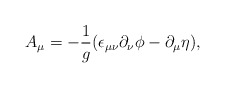
\begin{align*}A_{\mu }=-\frac{1}{g}(\epsilon _{\mu \nu }\partial _{\nu }\phi -\partial_{\mu }\eta ), \end{align*}